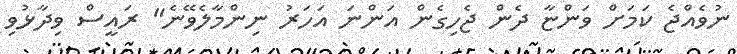
ނުވެއްޖެ ކަމަށް ވަންޏާ ދެން ޖެހިގެން އަންނަ އަހަރު ނިންމާލެވޭނެ" ރައީސް ވިދާޅުވި